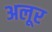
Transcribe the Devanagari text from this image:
अलूर